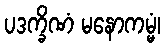
ပဒက္ခိဏံ မနောကမ္မံ၊